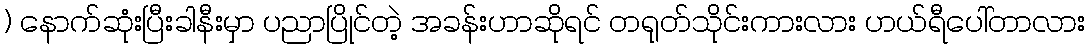
) နောက်ဆုံးပြီးခါနီးမှာ ပညာပြိုင်တဲ့ အခန်းဟာဆိုရင် တရုတ်သိုင်းကားလား ဟယ်ရီပေါ်တာလား